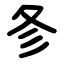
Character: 㣊